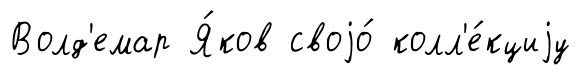
Волд'емар Я́ков своjо́ колл'е́кциjу